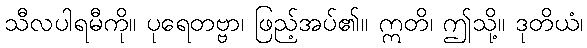
သီလပါရမီကို။ ပုရေတဗ္ဗာ၊ ဖြည့်အပ်၏။ ဣတိ၊ ဤသို့။ ဒုတိယံ၊